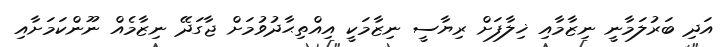
އަދި ބަރުލަމާނީ ނިޒާމާއި ޚިލާފަށް ރިޔާސީ ނިޒާމަކީ އިއްތިޙާދުވުމަށް ޖާގަދޭ ނިޒާމެއް ނޫންކަމަށާއި